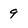
Character: 9